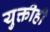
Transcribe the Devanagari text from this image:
युक्तीही